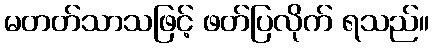
မတတ်သာသဖြင့် ဖတ်ပြလိုက် ရသည်။